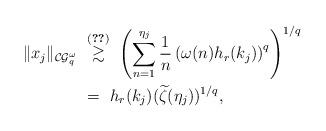
LaTeX: \begin{align*}\| x_j\|_{\mathcal{CG}_q^\omega}&\ \stackrel{\eqref{n6}}{\gtrsim}\ \left(\sum_{n=1}^{\eta_j}\frac{1}{n}\left(\omega(n)h_r(k_j)\right)^q\right)^{1/q}\\&\ =\ h_r(k_j)(\widetilde{\zeta}(\eta_j))^{1/q},\end{align*}